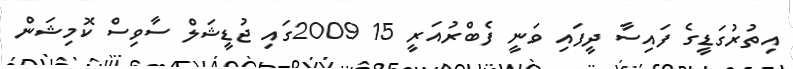
އިތުރުގަޑީގެ ފައިސާ ދީފައި ވަނީ ފެބްރުއަރީ 15 2009ގައި ޖުޑީޝަލް ސާވިސް ކޮމިޝަން